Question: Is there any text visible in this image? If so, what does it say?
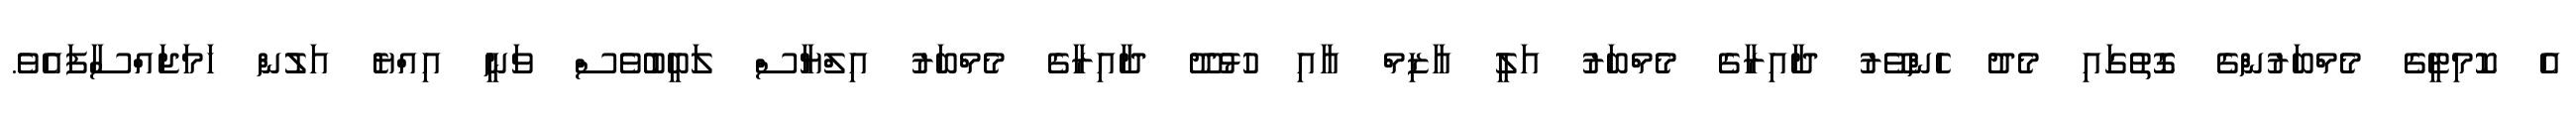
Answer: އެ ކޮމިޓީގެ މެމްބަރުންގެ ގޮތުގައި މެދު ހެންވޭރު ދާއިރާގެ މެމްބަރު އަލީ އާޒިމް އާއި ހުޅުދޫ ދާއިރާގެ މެމްބަރު އިލްޔާސް ލަބީބުވެސް ވަނީ އިއްޔެ އަލުން ހަމަޖައްސާފައެވެ.